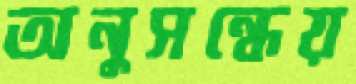
অনুসন্ধেয়